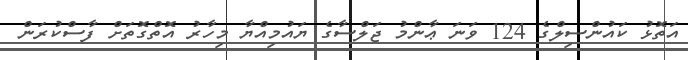
އަތޮޅު ކައުންސިލްގެ 124 ވަނަ ޢާންމު ޖަލްސާގެ ޔައުމިއްޔާ މިހާރު އޮތްގޮތަށް ފާސްކުރަން